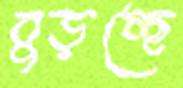
বুড়চ্ছে